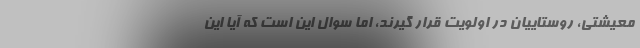
معیشتی، روستاییان در اولویت قرار گیرند، اما سوال این است که آیا این